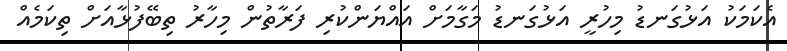
އެކަމަކު އަޅުގަނޑު މިހުރީ އަޅުގަނޑު މަގާމަށް އައްޔަންކުރި ފަރާތުން މިހާރު ތިބޭފުޅާއަށް ތިކަމެއް